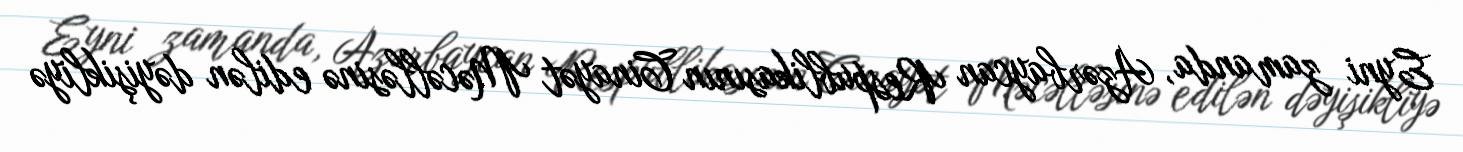
Eyni zamanda, Azərbaycan Respublikasının Cinayət Məcəlləsinə edilən dəyişikliyə